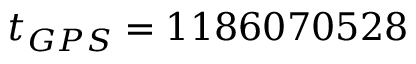
t _ { G P S } = 1 1 8 6 0 7 0 5 2 8